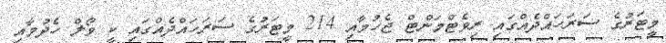
މީޓަރުގެ ސަރަހައްދެއްގައި ރިވެޓްމަންޓް ޖެހުމާއި 214 މީޓަރުގެ ސަރަހައްދެއްގައި ކީ ވޯލް ހެދުމާއި